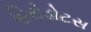
હિરોડોટસ